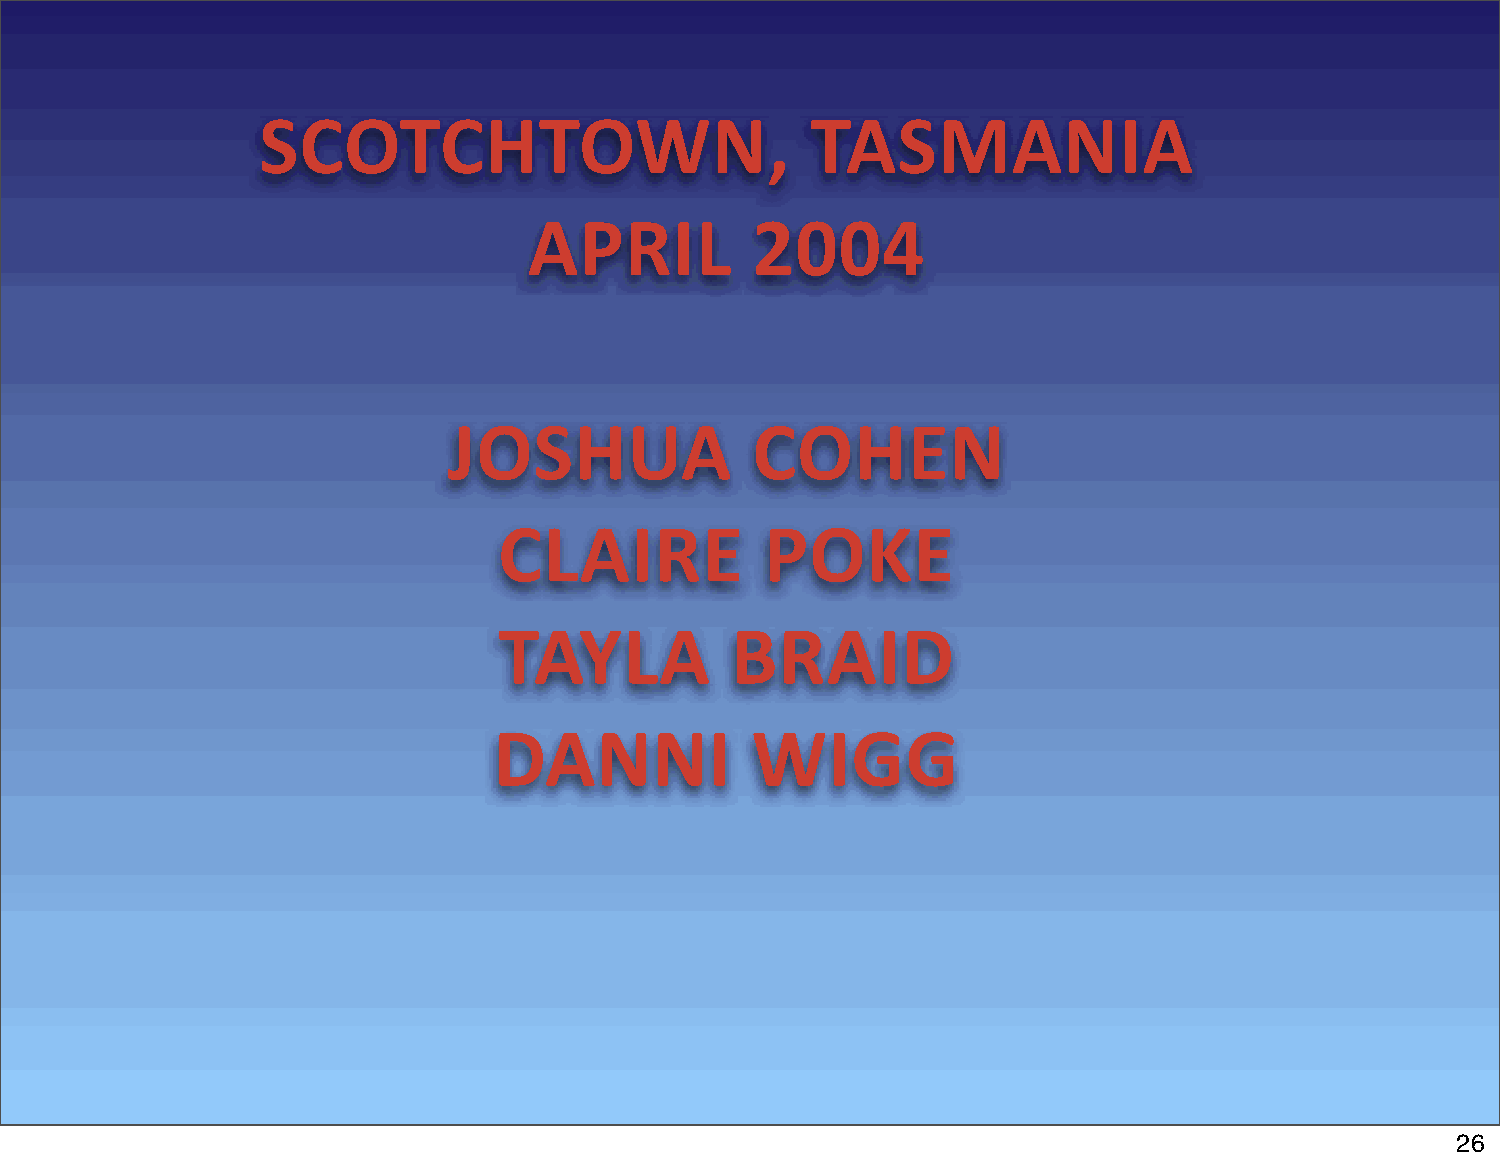
SCOTCHTOWN,                          TASMANIA
 APRIL          2004
 JOSHUA              COHEN
 CLAIRE            POKE
 TAYLA          BRAID
 DANNI            WIGG
 26